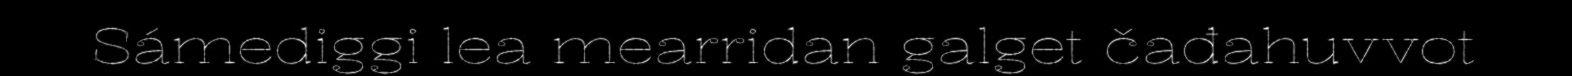
Sámediggi lea mearridan galget čađahuvvot